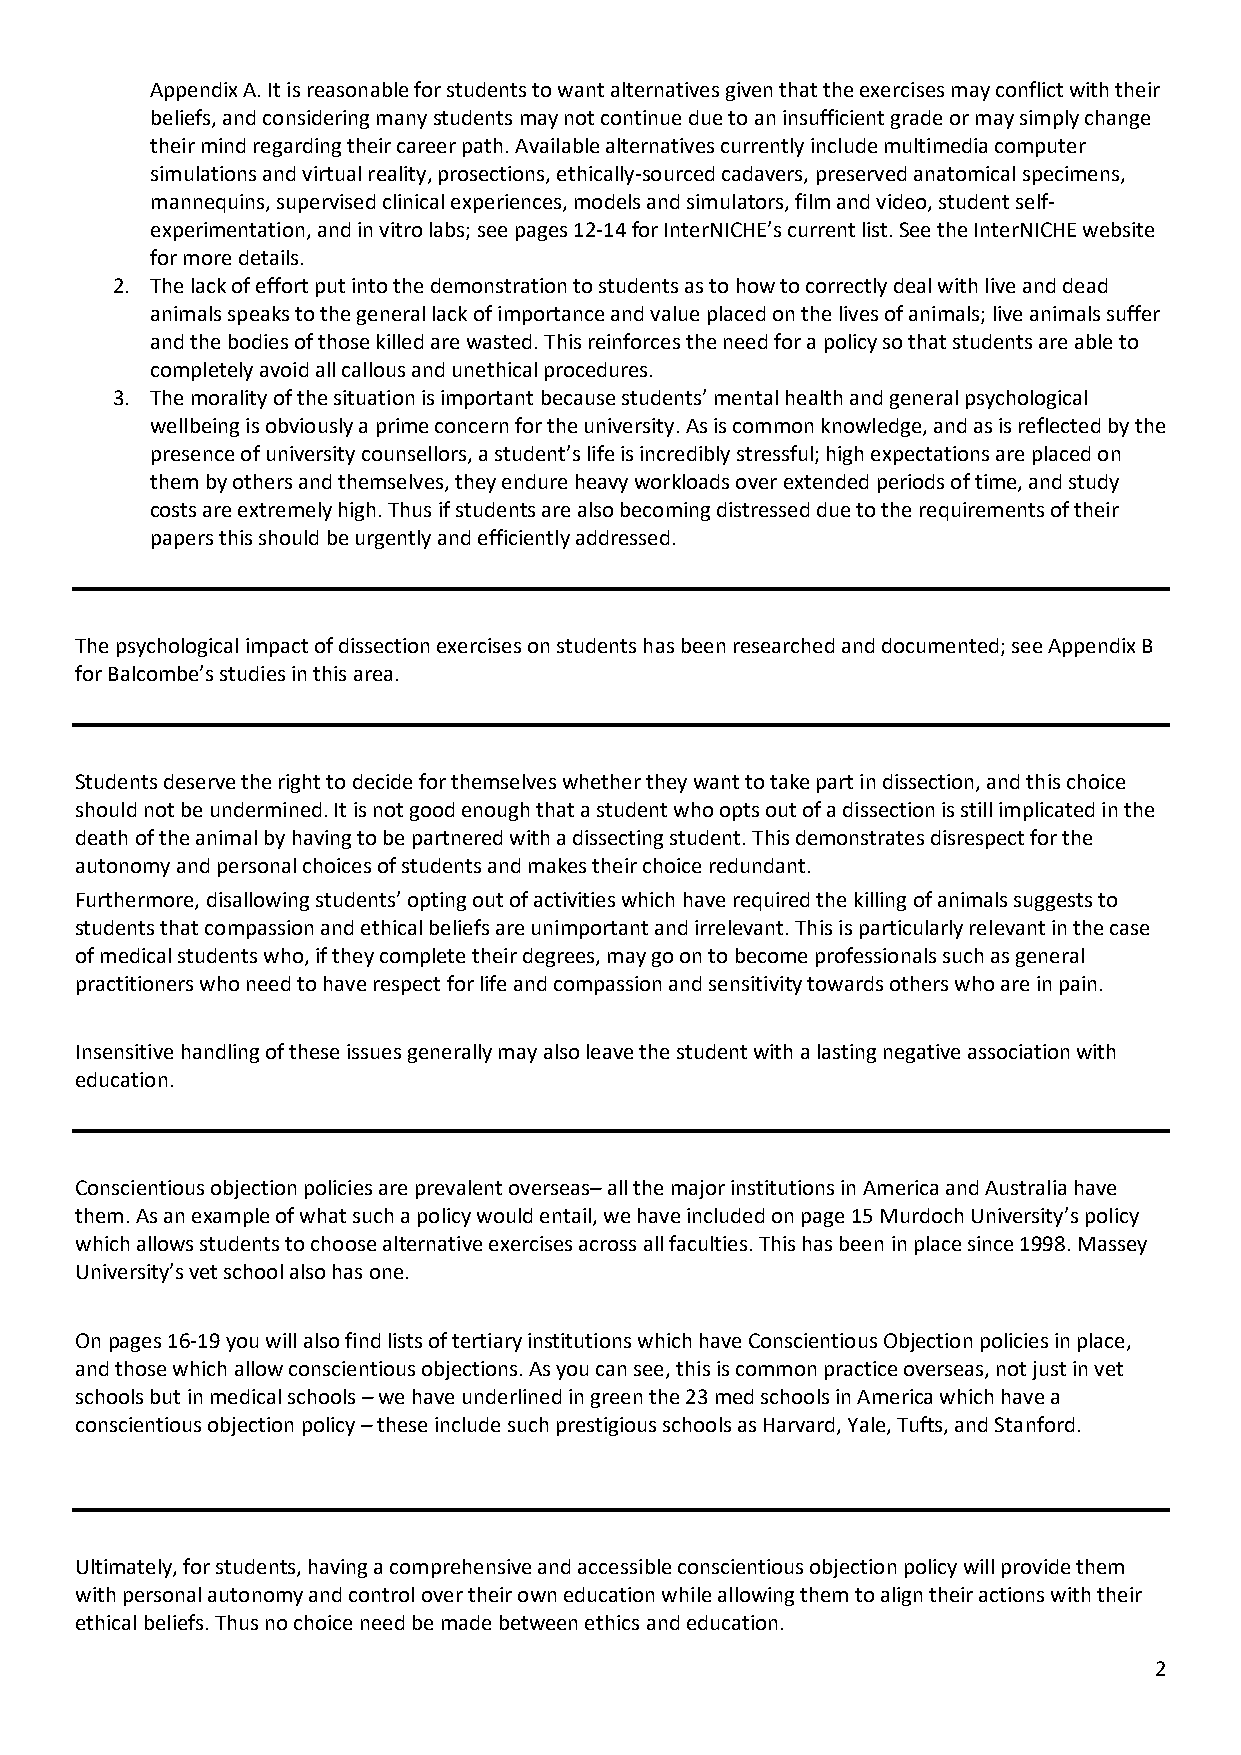
Appendix A. It is reasonable for students to want alternatives given that the exercises may conflict with their
 beliefs, and considering many students may not continue due to an insufficient grade or may simply change
 their mind regarding their career path. Available alternatives currently include multimedia computer
 simulations and virtual reality, prosections, ethically-sourced cadavers, preserved anatomical specimens,
 mannequins, supervised clinical experiences, models and simulators, film and video, student self-
 experimentation, and in vitro labs; see pages 12-14 for InterNICHE’s current list. See the InterNICHE website
 for more details.
 2. The lack of effort put into the demonstration to students as to how to correctly deal with live and dead
 animals speaks to the general lack of importance and value placed on the lives of animals; live animals suffer
 and the bodies of those killed are wasted. This reinforces the need for a policy so that students are able to
 completely avoid all callous and unethical procedures.
 3. The morality of the situation is important because students’ mental health and general psychological
 wellbeing is obviously a prime concern for the university. As is common knowledge, and as is reflected by the
 presence of university counsellors, a student’s life is incredibly stressful; high expectations are placed on
 them by others and themselves, they endure heavy workloads over extended periods of time, and study
 costs are extremely high. Thus if students are also becoming distressed due to the requirements of their
 papers this should be urgently and efficiently addressed.
 The psychological impact of dissection exercises on students has been researched and documented; see Appendix B
 for Balcombe’s studies in this area.
 Students deserve the right to decide for themselves whether they want to take part in dissection, and this choice
 should not be undermined. It is not good enough that a student who opts out of a dissection is still implicated in the
 death of the animal by having to be partnered with a dissecting student. This demonstrates disrespect for the
 autonomy and personal choices of students and makes their choice redundant.
 Furthermore, disallowing students’ opting out of activities which have required the killing of animals suggests to
 students that compassion and ethical beliefs are unimportant and irrelevant. This is particularly relevant in the case
 of medical students who, if they complete their degrees, may go on to become professionals such as general
 practitioners who need to have respect for life and compassion and sensitivity towards others who are in pain.
 Insensitive handling of these issues generally may also leave the student with a lasting negative association with
 education.
 Conscientious objection policies are prevalent overseas– all the major institutions in America and Australia have
 them. As an example of what such a policy would entail, we have included on page 15 Murdoch University’s policy
 which allows students to choose alternative exercises across all faculties. This has been in place since 1998. Massey
 University’s vet school also has one.
 On pages 16-19 you will also find lists of tertiary institutions which have Conscientious Objection policies in place,
 and those which allow conscientious objections. As you can see, this is common practice overseas, not just in vet
 schools but in medical schools – we have underlined in green the 23 med schools in America which have a
 conscientious objection policy – these include such prestigious schools as Harvard, Yale, Tufts, and Stanford.
 Ultimately, for students, having a comprehensive and accessible conscientious objection policy will provide them
 with personal autonomy and control over their own education while allowing them to align their actions with their
 ethical beliefs. Thus no choice need be made between ethics and education.
 2